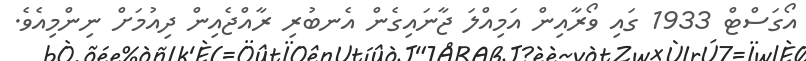
އޯގަސްޓް 1933 ގައި ވޯރާއިން އަމިއްލަ ޖާނައިގެން އެނބުރި ރާއްޖެއިން ދިއުމަށް ނިންމިއެވެ.